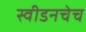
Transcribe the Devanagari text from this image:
स्वीडनचेच